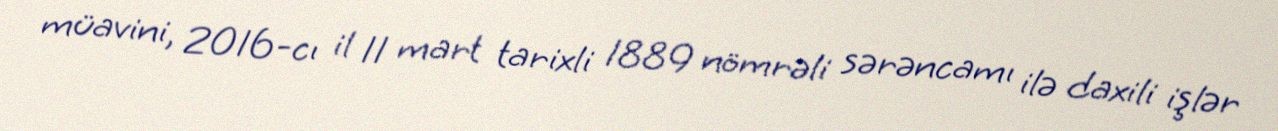
müavini, 2016-cı il 11 mart tarixli 1889 nömrəli sərəncamı ilə daxili işlər